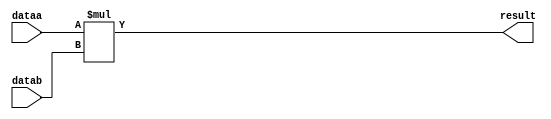
module  mult_i5n
	( 
	dataa,
	datab,
	result) /* synthesis synthesis_clearbox=1 */;
	input   [8:0]  dataa;
	input   [8:0]  datab;
	output   [17:0]  result;

	wire [8:0]    dataa_wire;
	wire [8:0]    datab_wire;
	wire [17:0]    result_wire;



	assign dataa_wire = dataa;
	assign datab_wire = datab;
	assign result_wire = dataa_wire * datab_wire;
	assign result = ({result_wire[17:0]});

endmodule